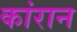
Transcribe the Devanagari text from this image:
कांरान